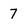
Character: 7